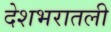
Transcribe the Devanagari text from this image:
देशभरातली